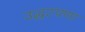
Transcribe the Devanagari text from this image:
उद्धटपणा